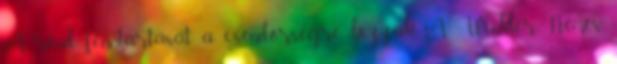
A rend fenntartását a csendőrségre bízzák. A Winkler, Nemes,